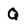
Character: Q